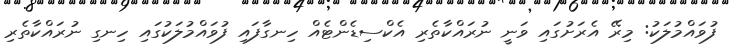
ފުވައްމުލަކު: މިރޭ އެރަށުގައި ވަނީ ނުރައްކާތެރި އެކްސިޑެންޓެއް ހިނގާފައި ފުވައްމުލަކުގައި ހިނގި ނުރައްކާތެރި